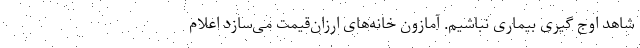
شاهد اوج گیری بیماری نباشیم. آمازون خانه‌های ارزان‌قیمت می‌سازد اعلام